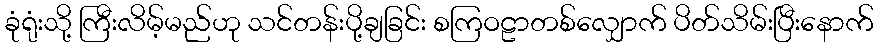
ခုံရုံးသို့ ကြီးလိမ့်မည်ဟု သင်တန်းပို့ချခြင်း စကြဝဠာတစ်လျှောက် ပိတ်သိမ်းပြီးနောက်